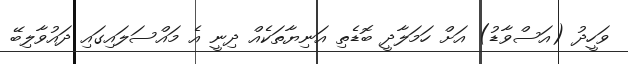
ވަހީދު (އަސްވާޑު) އަށް ހަމަލާދީ ބޮޑެތި އަނިޔާތަކެއް ދިނީ އެ މައްސަލައިގައި ދައުވާލިބޭ